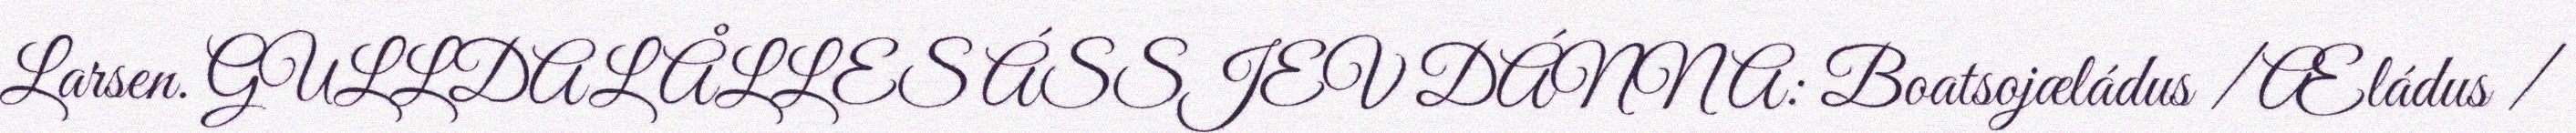
Larsen. GULLDAL ÅLLES ÁSSJEV DÁNNA: Boatsojæládus / Æládus /